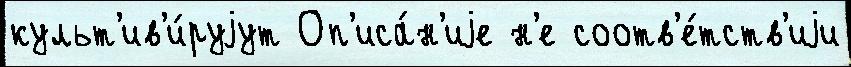
культ'ив'и́руjут Оп'иса́н'иjе н'е соотв'е́тств'иjи